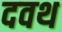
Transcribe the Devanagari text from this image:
दवथ